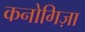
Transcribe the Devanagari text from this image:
कनोगिज़ा